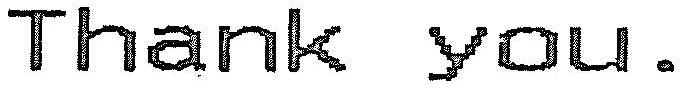
THANK YOU.